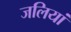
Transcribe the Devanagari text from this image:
जलियां